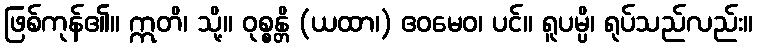
ဖြစ်ကုန်၏။ ဣတိ၊ သို့။ ဝုစ္စန္တိ (ယထာ၊) ဧဝမေဝ၊ ပင်။ ရူပမ္ပိ၊ ရုပ်သည်လည်း။